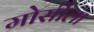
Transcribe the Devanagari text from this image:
मोर्सीला